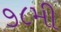
૭૮મી